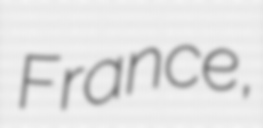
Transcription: France,